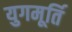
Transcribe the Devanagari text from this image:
युगमूर्ति